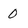
Character: 0